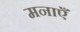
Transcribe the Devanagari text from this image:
मनाएँ